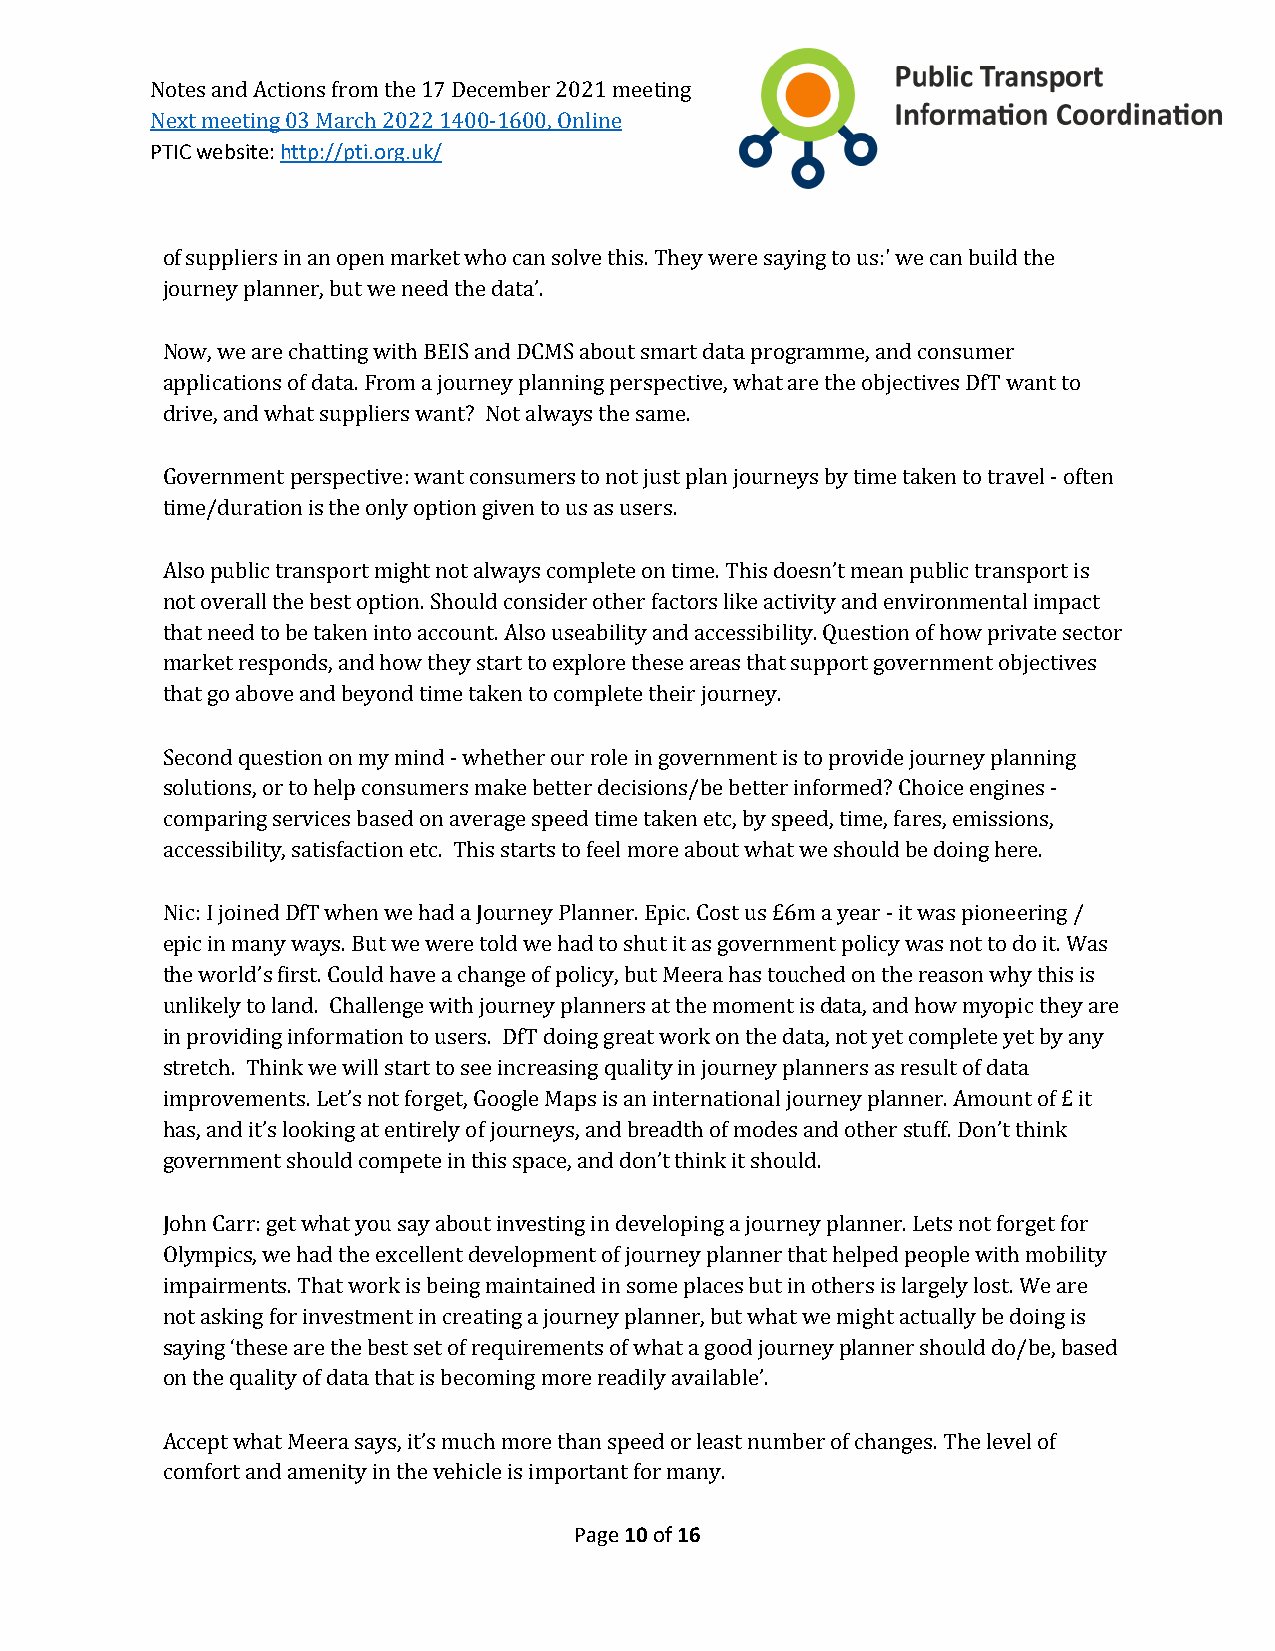
Notes and Actions from the 17 December 2021 meeting
 PTIC website: http://pti.org.uk/
 Next meeting 03 March 2022 1400-1600, Online
 of suppliers in an open market who can solve this. They were saying to us:' we can build the
 journey planner, but we need the data’.
 Now, we are chatting with BEIS and DCMS about smart data programme, and consumer
 applications of data. From a journey planning perspective, what are the objectives DfT want to
 drive, and what suppliers want? Not always the same.
 Government perspective: want consumers to not just plan journeys by time taken to travel - often
 time/duration is the only option given to us as users.
 Also public transport might not always complete on time. This doesn’t mean public transport is
 not overall the best option. Should consider other factors like activity and environmental impact
 that need to be taken into account. Also useability and accessibility. Question of how private sector
 market responds, and how they start to explore these areas that support government objectives
 that go above and beyond time taken to complete their journey.
 Second question on my mind - whether our role in government is to provide journey planning
 solutions, or to help consumers make better decisions/be better informed? Choice engines -
 comparing services based on average speed time taken etc, by speed, time, fares, emissions,
 accessibility, satisfaction etc. This starts to feel more about what we should be doing here.
 Nic: I joined DfT when we had a Journey Planner. Epic. Cost us £6m a year - it was pioneering /
 epic in many ways. But we were told we had to shut it as government policy was not to do it. Was
 the world’s first. Could have a change of policy, but Meera has touched on the reason why this is
 unlikely to land. Challenge with journey planners at the moment is data, and how myopic they are
 in providing information to users. DfT doing great work on the data, not yet complete yet by any
 stretch. Think we will start to see increasing quality in journey planners as result of data
 improvements. Let’s not forget, Google Maps is an international journey planner. Amount of £ it
 has, and it’s looking at entirely of journeys, and breadth of modes and other stuff. Don’t think
 government should compete in this space, and don’t think it should.
 John Carr: get what you say about investing in developing a journey planner. Lets not forget for
 Olympics, we had the excellent development of journey planner that helped people with mobility
 impairments. That work is being maintained in some places but in others is largely lost. We are
 not asking for investment in creating a journey planner, but what we might actually be doing is
 saying ‘these are the best set of requirements of what a good journey planner should do/be, based
 on the quality of data that is becoming more readily available’.
 Accept what Meera says, it’s much more than speed or least number of changes. The level of
 comfort and amenity in the vehicle is important for many.
 Page 10 of 16